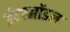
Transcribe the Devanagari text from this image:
इंटरमॉडल